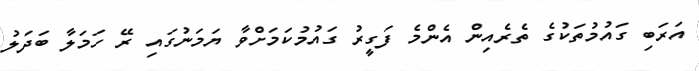
އަރަބި ގައުމުތަކުގެ ތެރެއިން އެންމެ ފަގީރު ގައުމުކަމަށްވާ ޔަމަނުގައި ރޭ ހަމަލާ ބަދަލު